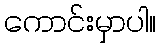
ကောင်းမှာပါ။